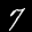
Label: 7